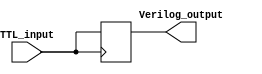
module IO_Block_TTL_Buffer (
    input wire TTL_input,
    output reg Verilog_output
);

always @(posedge TTL_input)
begin
    Verilog_output <= TTL_input;
end

endmodule